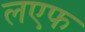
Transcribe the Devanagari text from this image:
लएफ